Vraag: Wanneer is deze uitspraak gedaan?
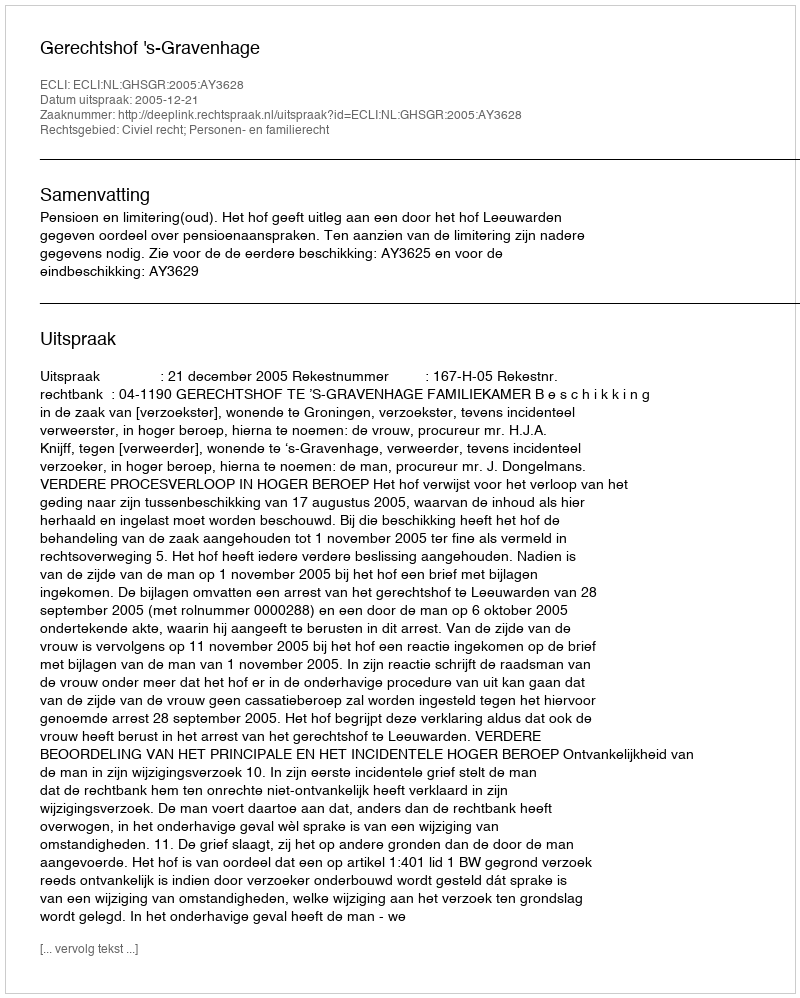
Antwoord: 2005-12-21